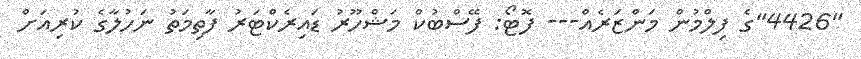
"4426"ގެ ފިލްމުން މަންޒަރެއް--- ފޮޓޯ: ފޭސްބުކް މަޝްހޫރު ޑައިރެކްޓަރު ފާތިމަތު ނަހުލާގެ ކުރިއަށް